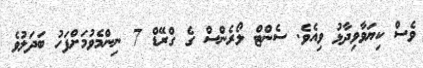
ވެސް ކިޔަވާވިދާޅު ވިއެވެ. ސެންޓް ލޯރެންސް ގެ ގްރޭޑް 7 ނިންމެވުމަށްފަހު ބަދަލުވެ